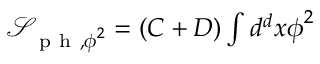
\begin{array} { r } { \mathcal { S } _ { \mathrm { ~ p ~ h ~ } , \boldsymbol { \phi } ^ { 2 } } = ( C + D ) \int d ^ { d } x \boldsymbol { \phi } ^ { 2 } } \end{array}